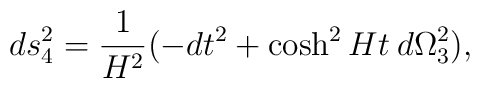
d s_4^2=\frac{1}{H^2}(-dt^2 +\cosh^2 H t \: d \Omega_3^2),